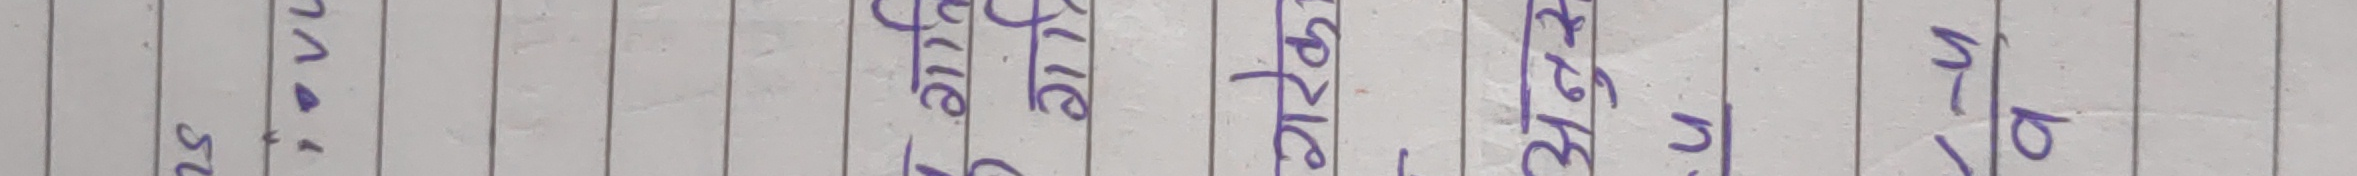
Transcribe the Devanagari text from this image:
m-b/
बनाउन
सकिन्छ।